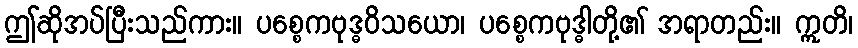
ဤဆိုအပ်ပြီးသည်ကား။ ပစ္စေကဗုဒ္ဓဝိသယော၊ ပစ္စေကဗုဒ္ဓါတို့၏ အရာတည်း။ ဣတိ၊